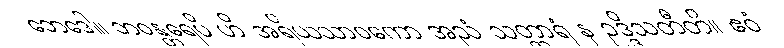
ဘေဒေါ။ ဘဝန္တရေပိ ဟိ အရိယသာဝကော အညံ သတ္ထာရံ န ဥဒ္ဒိသတီတိ။ ဧဝံ